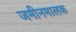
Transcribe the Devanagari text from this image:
जमीनमालक